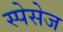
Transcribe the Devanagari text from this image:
स्पेसेज